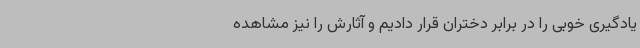
یادگیری خوبی را در برابر دختران قرار دادیم و آثارش را نیز مشاهده